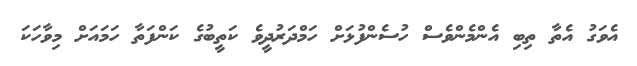
އެވަގު އެތާ ތިބި އެންމެންވެސް ހުސެންފުޅަށް ހަމްދަރުދީވެ ކަތީބުގެ ކަންފަތާ ހަމައަށް މިވާހަކަ